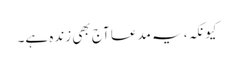
کیونکہ، یہ مدعا آج بھی زندہ ہے۔